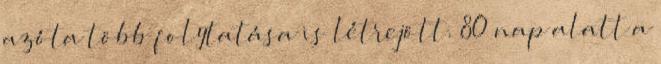
azóta több folytatása is létrejött. 80 nap alatt a